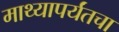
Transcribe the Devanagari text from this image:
माथ्यापर्यंतचा